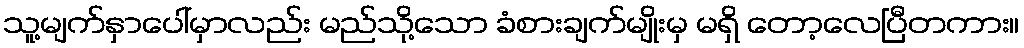
သူ့မျက်နှာပေါ်မှာလည်း မည်သို့သော ခံစားချက်မျိုးမှ မရှိ တော့လေပြီတကား။